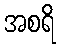
အစရိ